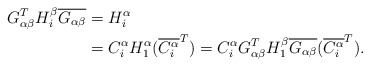
\begin{align*} G_{\alpha\beta}^TH^{\beta}_i\overline{G_{\alpha\beta}}&=H^{\alpha}_i \\ &=C^{\alpha}_{i}H^{\alpha}_{1}(\overline{C^{\alpha}_{i}}^{T})=C^{\alpha}_{i}G_{\alpha\beta}^TH^{\beta}_1\overline{G_{\alpha\beta}}(\overline{C^{\alpha}_{i}}^{T}).\end{align*}